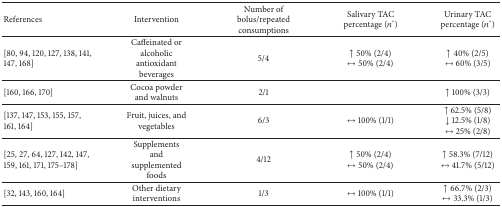
<table><thead><tr><td><b>References</b></td><td><b>Intervention </b></td><td><b>Number of bolus/repeated consumptions</b></td><td><b>Salivary TACpercentage (<i>n</i>°)</b></td><td><b>Urinary TACpercentage (<i>n</i>°)</b></td></tr></thead><tbody><tr><td>[80, 94, 120, 127, 138, 141, 147, 168]</td><td>Caffeinated or alcoholic antioxidant beverages</td><td>5/4</td><td>↑ 50% (2/4)↔ 50% (2/4) </td><td>↑ 40% (2/5)↔ 60% (3/5)</td></tr><tr><td>[160, 166, 170] </td><td>Cocoa powder and walnuts</td><td>2/1</td><td> </td><td>↑ 100% (3/3) </td></tr><tr><td>[137, 147, 153, 155, 157, 161, 164]</td><td>Fruit, juices, and vegetables</td><td>6/3</td><td>↔ 100% (1/1) </td><td>↑ 62.5% (5/8) ↓ 12.5% (1/8) ↔ 25% (2/8) </td></tr><tr><td>[25, 27, 64, 127, 142, 147, 159, 161, 171, 175–178] </td><td>Supplements and supplemented foods</td><td>4/12</td><td>↑ 50% (2/4)↔ 50% (2/4) </td><td>↑ 58.3% (7/12)↔ 41.7% (5/12) </td></tr><tr><td>[32, 143, 160, 164]</td><td>Other dietary interventions</td><td>1/3</td><td><i>↔</i> 100% (1/1)</td><td>↑ 66.7% (2/3)↔ 33.3% (1/3) </td></tr></tbody></table>